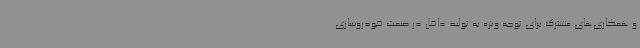
و همکاری‌های مشترک برای توجه ویژه به تولید داخل در صنعت خودروسازی